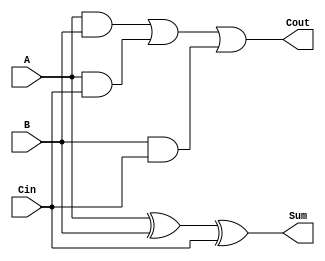
// Name: 
// Full Adder 

module FA(Cout,Sum,A,B,Cin);
input A,B,Cin;
output Cout,Sum;
wire w1,w2,w3,w4;

xor x1(w1,A,B);
xor x2(Sum,w1,Cin);

and a1(w2,A,B);
and a2(w3,A,Cin);
and a3(w4,B,Cin);
or o1(Cout,w2,w3,w4);

endmodule